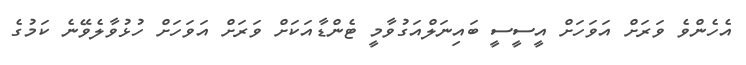
އެހެންވެ ވަރަށް އަވަހަށް އީސީސީ ބައިނަލްއަގުވާމީ ޓެންޑާއަކަށް ވަރަށް އަވަހަށް ހުޅުވާލެވޭނެ ކަމުގެ